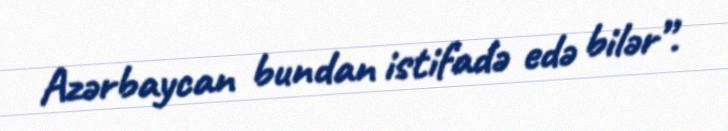
Azərbaycan bundan istifadə edə bilər”.